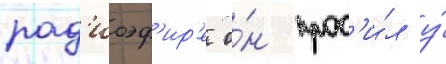
рад'иоэф'ир'е о́н прос'и́л у́